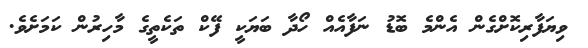
ވިޔަފާރިކޮށްގެން އެންމެ ބޮޑު ނަފާއެއް ހޯދާ ބަޔަކީ ފޭކް ތަކެތީގެ މާހިރުން ކަމަށެވެ.